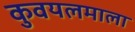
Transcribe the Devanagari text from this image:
कुवयलमाला